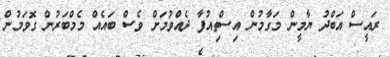
ރައީސް އަބްދު ޔާމީން މަގާމުން އިސްތިއުފާ ދެއްވުމަށް ވެސް ބައެއް މެމްބަރުން ގޮވަމުން